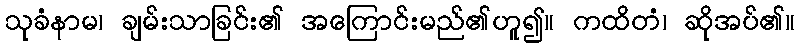
သုခံနာမ၊ ချမ်းသာခြင်း၏ အကြောင်းမည်၏ဟူ၍။ ကထိတံ၊ ဆိုအပ်၏။